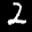
Label: 2